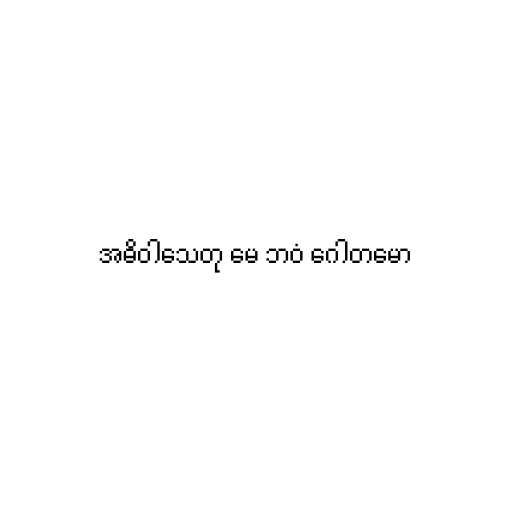
အဓိဝါသေတု မေ ဘဝံ ဂေါတမော